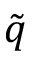
\boldsymbol { \tilde { q } }